Bombay plague: being a history of the progress of plague in the Bombay presidency from September 1896 to June 1899
Year: 1896
Disease focus: Plague
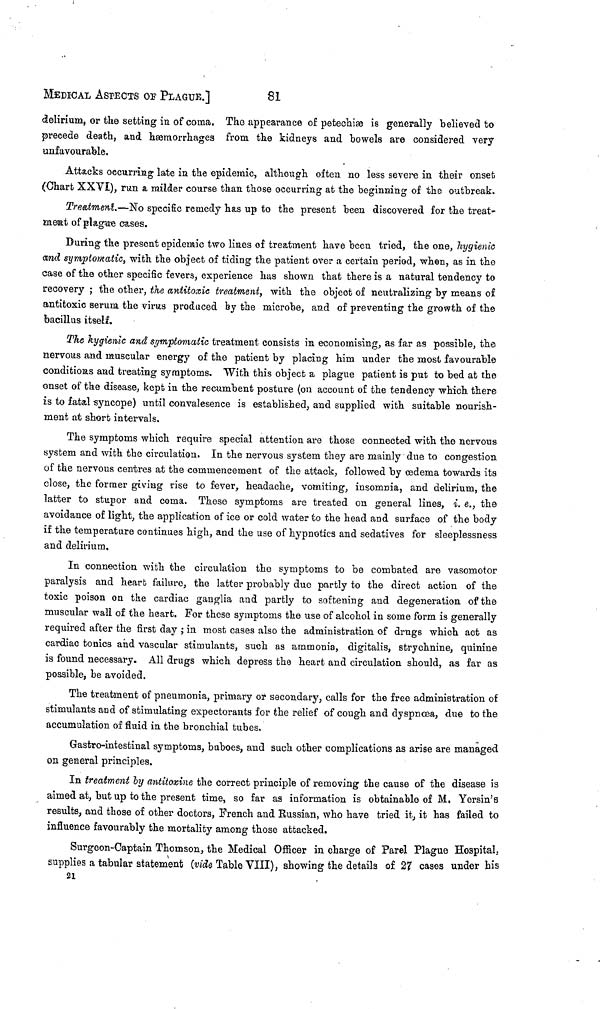
MEDICAL ASPECTS OF PLAGUE.]
81
delirium, or the setting in of coma. The appearance of petechiæ is generally believed to
precede death, and haemorrhages from the kidneys and bowels are considered very
unfavourable.
Attacks occurring late in the epidemic, although often no less severe in their onset
(Chart XXVÍ), run a milder course than those occurring at the beginning of the outbreak.
Treatment.—No specific remedy has up to the present been discovered for the treat-
aaeiat of plagíaos cases.
During the present epidemic two lines of treatment have been tried, the one, hygienic
and symptomatic, with the object of tiding the patient over a certain period, when, as in the
case of the other specific fevers, experience has shown that there is a natural tendency to
recovery ; the other, the antitoxic treatment, with the object of neutralizing by means of
antitoxic serum, the virus produced fey the microbe, and of preventing the growth of the
bacillus itself.
The hygienic and symptomatic treatment consists in economising, as far as possible, the
nervous and muscular energy of the patient by placing him under the most favourable
conditions and treating symptoms. With this object a plague patient is put to bed at the
onset of the disease, kept in the recumbent posture (on account of the tendency which there
is to fatal syncope) until convalesence is established, and supplied with suitable nourish-
ment at short intervals.
The symptoms which require special attention are those connected with the nervous
system and with the circulation. In the nervous system they are mainly due to congestion
of the nervous centres at the commencement of the attack, followed by oedema towards its
close, the former giving rise to fever, headache, vomiting, insomnia, and delirium, the
latter to stupor and coma. These symptoms are treated on general lines, i. e., the
avoidance of light, the application of ice or cold water to the head and surface of the body
if the temperature continues high, and the use of hypnotics and sedatives for sleeplessness
and delirium.
In connection with the circulation the symptoms to be combated are vasomotor
paralysis and heart failure, the latter probably due partly to the direct action of the
toxic poison on the cardiac ganglia and partly to softening and degeneration of the
muscular wall of the heart. For these symptoms the use of alcohol in some form is generally
required after the first day ; in most cases also the administration of drugs which act as
cardiac tonics and vascular stimulants, such as ammonia, digitalis, strychnine, quinine
is found necessary. All drugs which depress the heart and circulation should, as far as
possible, be avoided.
The treatment of pneumonia, primary or secondary, calls for the free administration of
stimulants and of stimulating expectorants for the relief of cough and dyspnæa, due to the
accumulation of fluid in the bronchial tubes.
Gastro-intestinal symptoms, buboes, and such other complications as arise are managed
on general principles.
In treatment by antitoxine the correct principle of removing the cause of the disease is
aimed at, but up to the present time, so far as information is obtainable of M. Yersin's
results, and those of other doctors, French and Russian, who have tried it, it has failed to
influence favourably the mortality among those attacked.
Surgeon-Captain Thomson, the Medical Officer in charge of Parel Plague Hospital,
supplies a tabular statement (vide Table VIII), showing the details of 27 cases under bis
21